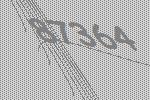
87364